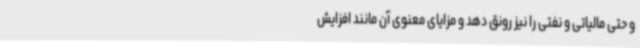
و حتی مالیاتی و نفتی را نیز رونق دهد و مزایای معنوی آن مانند افزایش